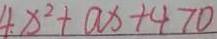
4 . x ^ { 2 } + a x + 4 7 0